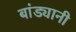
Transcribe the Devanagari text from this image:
बांड्यानी